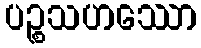
ပဉ္စသဟဿော